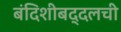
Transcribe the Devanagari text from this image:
बंदिशीबद्दलची